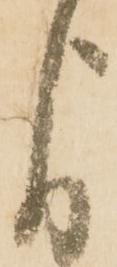
よ